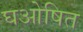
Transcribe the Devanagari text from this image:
घओषित